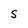
Character: S